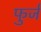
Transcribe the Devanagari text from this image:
फुर्ज